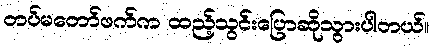
တပ်မတော်ဖက်က ထည့်သွင်းပြောဆိုသွားပါတယ်။